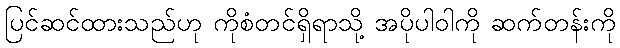
ပြင်ဆင်ထားသည်ဟု ကိုစံတင်ရှိရာသို့ အပိုပါဝါကို ဆက်တန်းကို